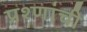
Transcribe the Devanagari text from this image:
प्रश्णांची